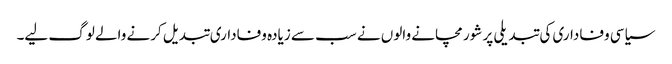
سیاسی وفاداری کی تبدیلی پر شور مچانے والوں نے سب سے زیادہ وفاداری تبدیل کرنے والے لوگ لیے۔